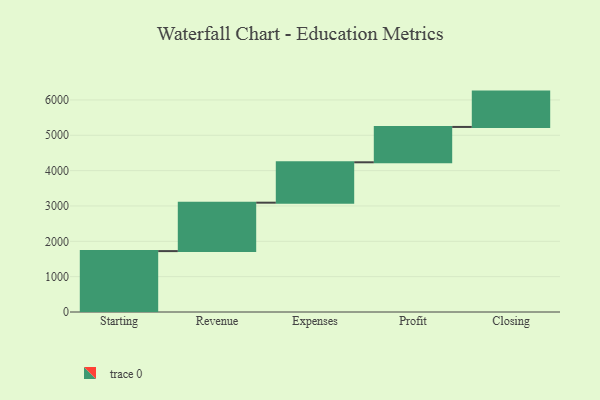
{"axis": {"x": "Step", "y": "Value"}, "legend": [""], "data": [{"x": "Starting", "y": 1723.0, "type": ""}, {"x": "Revenue", "y": 1370.0, "type": ""}, {"x": "Expenses", "y": 1143.0, "type": ""}, {"x": "Profit", "y": 1000, "type": ""}, {"x": "Closing", "y": 1000, "type": ""}]}